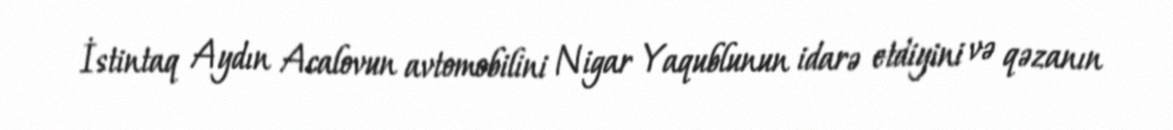
İstintaq Aydın Acalovun avtomobilini Nigar Yaqublunun idarə etdiyini və qəzanın